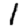
Digit: 1